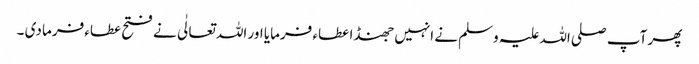
پھر آپ صلی اللہ علیہ وسلم نے انہیں جھنڈا عطاء فرمایا اور اللہ تعالٰی نے فتح عطاء فرما دی ۔